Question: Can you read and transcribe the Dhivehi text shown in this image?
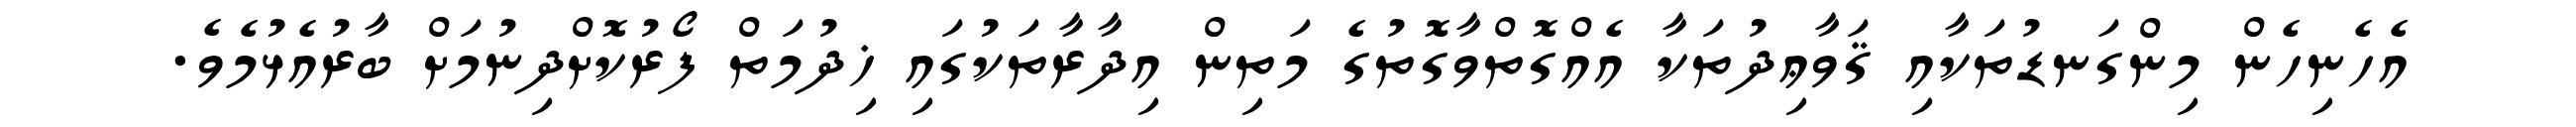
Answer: އެހެނިހެން މިންގަނޑުތަކާއި ޤަވާޢިދުތަކާ އެއްގޮތްވާގޮތުގެ މަތިން އިދާރާތަކުގައި ޚިދުމަތް ފޯރުކޮށްދިނުމަށް ބާރުއެޅުމެވެ.